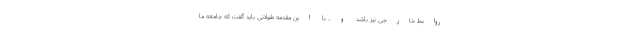
روابط خارجی نیز باشد و... با این مقدمه طولانی باید گفت که جامعه ما